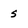
Character: s